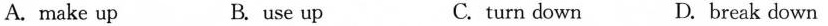
A.make up B. use up C. turn down D. break down